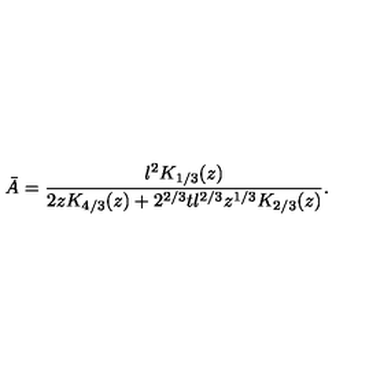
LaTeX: \bar { A } = \frac { l ^ { 2 } K _ { 1 / 3 } ( z ) } { 2 z K _ { 4 / 3 } ( z ) + 2 ^ { 2 / 3 } t l ^ { 2 / 3 } z ^ { 1 / 3 } K _ { 2 / 3 } ( z ) } .